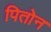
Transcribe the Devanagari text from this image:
पितोन